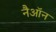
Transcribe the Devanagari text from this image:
नैऑन